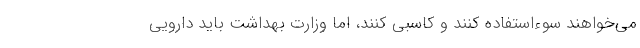
می‌خواهند سوءاستفاده کنند و کاسبی کنند، اما وزارت بهداشت باید دارویی